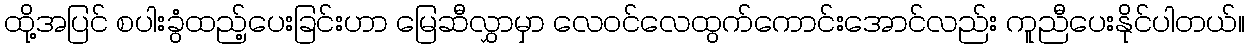
ထို့အပြင် စပါးခွံထည့်ပေးခြင်းဟာ မြေဆီလွှာမှာ လေဝင်လေထွက်ကောင်းအောင်လည်း ကူညီပေးနိုင်ပါတယ်။